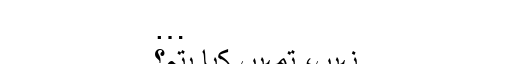
…
نہیں، تمہیں کیا پتہ؟